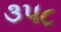
૩૫૮